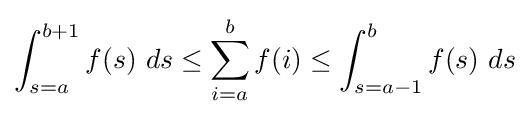
\int _{s=a}^{b+1}f(s)\ ds\leq \sum _{i=a}^{b}f(i)\leq \int _{s=a-1}^{b}f(s)\ ds